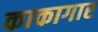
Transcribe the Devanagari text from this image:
काकागार